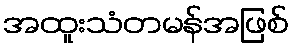
အထူးသံတမန်အဖြစ်